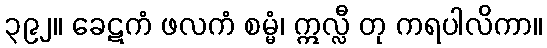
၃၉၂။ ခေဋကံ ဖလကံ စမ္မံ၊ ဣလ္လီ တု ကရပါလိကာ။